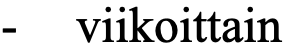
- viikoittain